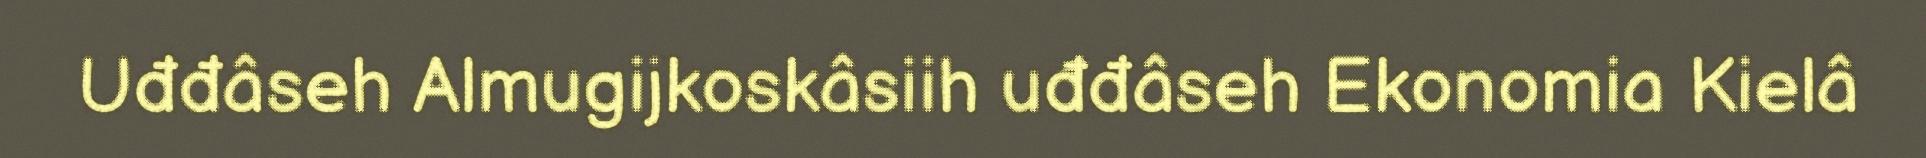
Uđđâseh Almugijkoskâsiih uđđâseh Ekonomia Kielâ